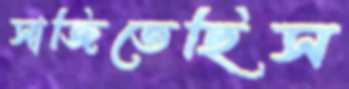
সাজিতেছিস